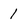
Character: 1